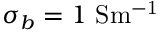
\sigma _ { b } = 1 ~ \mathrm { { S m ^ { - 1 } } }